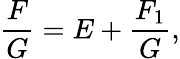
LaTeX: {\frac{F}{G}}=E+{\frac{F_{1}}{G}},